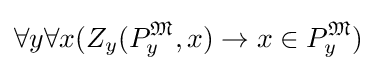
\forall y\forall x(Z_{y}(P_{y}^{\mathfrak {M}},x)\rightarrow x\in P_{y}^{\mathfrak {M}})